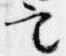
定